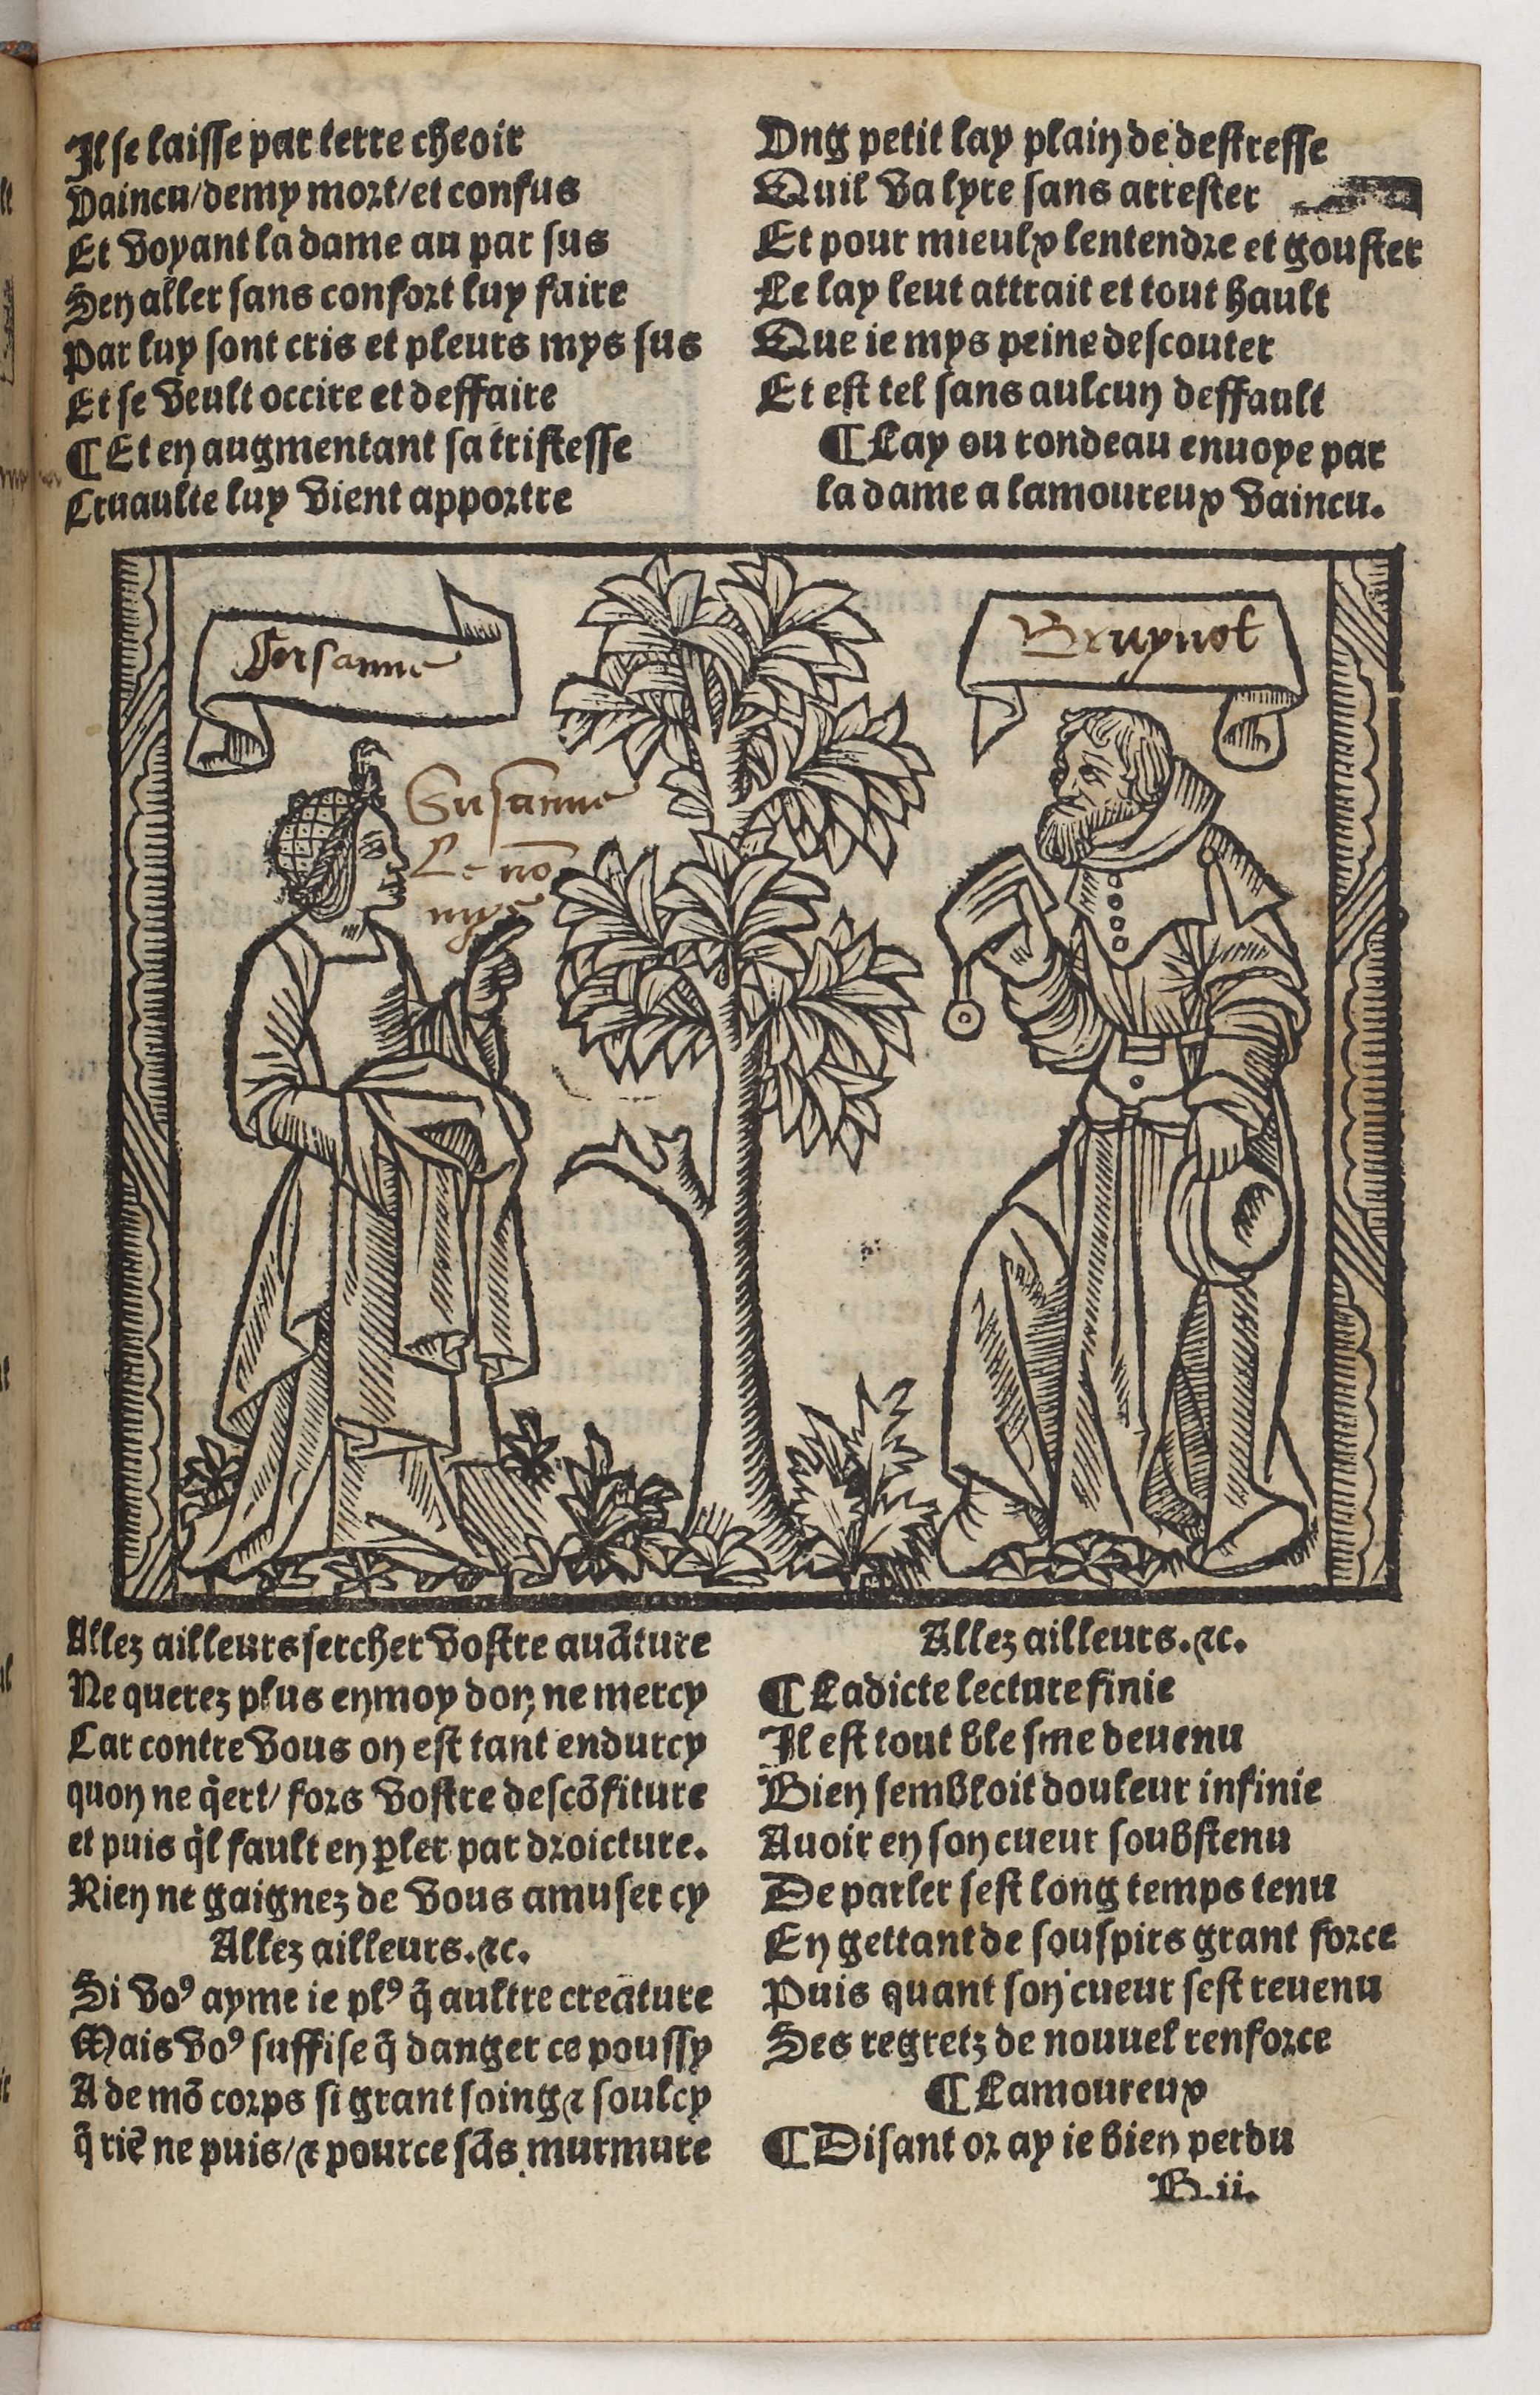
Shelfmark: Paris, BnF, Rés. Y2-930
Century: 15